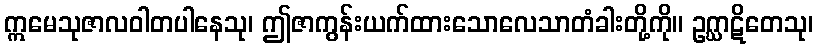
ဣမေသုဇာလဝါတပါနေသု၊ ဤဇာကွန်းယက်ထားသောလေသာတံခါးတို့ကို။ ဥဂ္ဃာဋိတေသု၊